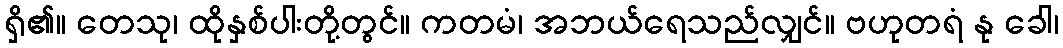
ရှိ၏။ တေသု၊ ထိုနှစ်ပါးတို့တွင်။ ကတမံ၊ အဘယ်ရေသည်လျှင်။ ဗဟုတရံ နု ခေါ၊